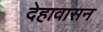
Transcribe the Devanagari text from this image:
देहावासन